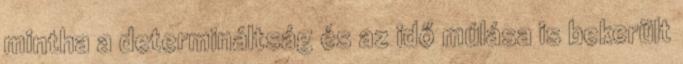
mintha a determináltság és az idő múlása is bekerült